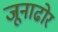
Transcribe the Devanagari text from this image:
जूनाढोर